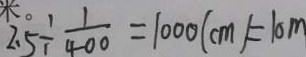
2 . 5 \div \frac { 1 } { 4 0 0 } = 1 0 0 0 ( c m ) = 1 0 m